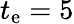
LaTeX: t_{\mathrm{e}}=5